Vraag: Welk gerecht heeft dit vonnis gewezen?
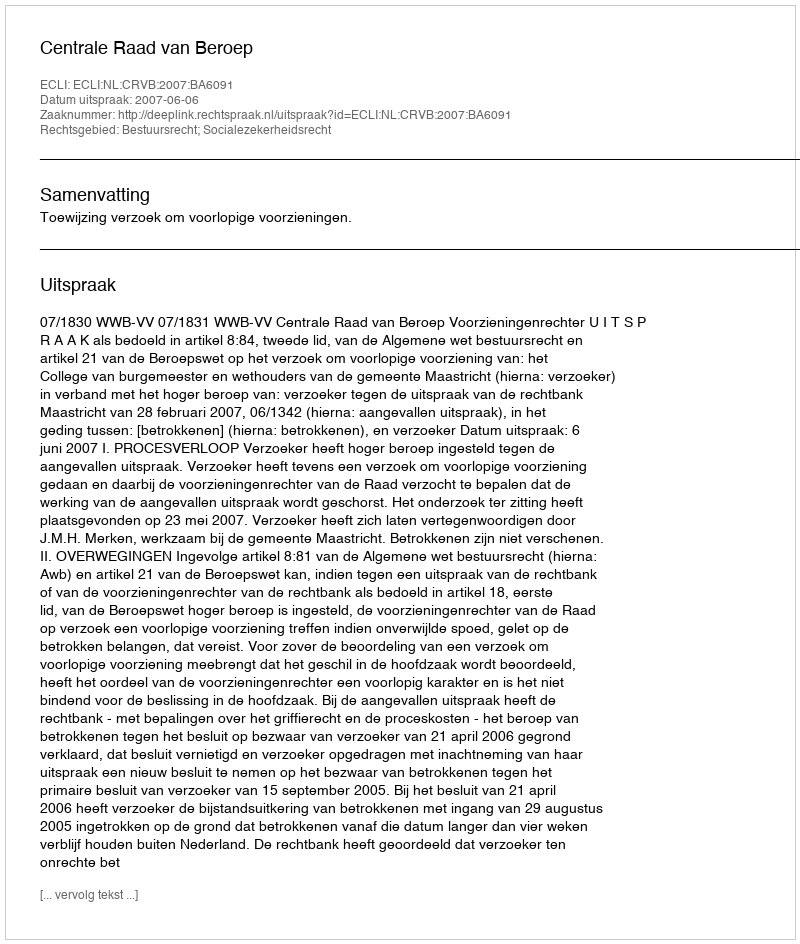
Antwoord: Centrale Raad van Beroep